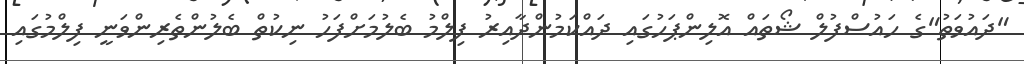
"ދައުވަތު"ގެ ހައުސްފުލް ޝޯތައް އޮލިންޕަހުގައި ދައްކަމުންދާއިރު ފިލްމު ބެލުމަށްފަހު ނިކުތް ބެލުންތެރިންވަނީ ފިލްމުގައި